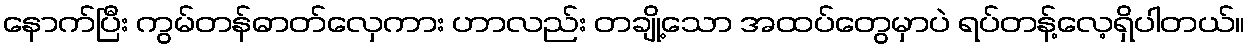
နောက်ပြီး ကွမ်တန်ဓာတ်လှေကား ဟာလည်း တချို့သော အထပ်တွေမှာပဲ ရပ်တန့်လေ့ရှိပါတယ်။